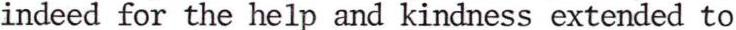
indeed for the help and kindness extended to